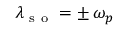
\lambda _ { \mathrm { ~ s ~ o ~ } } = \pm \, \omega _ { p }